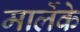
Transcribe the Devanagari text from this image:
मार्लेके